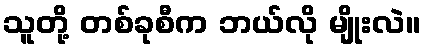
သူတို့ တစ်ခုစီက ဘယ်လို မျိုးလဲ။